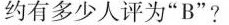
约有多少人评为”B”?